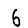
Digit: 6